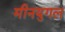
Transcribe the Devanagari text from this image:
मीनयुगल